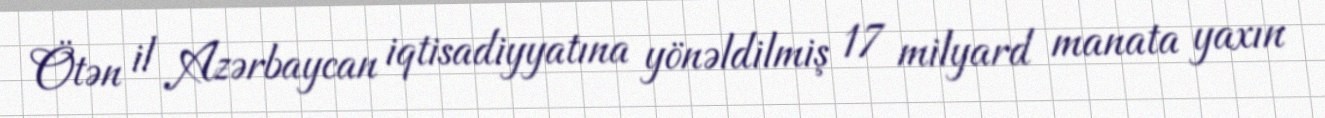
Ötən il Azərbaycan iqtisadiyyatına yönəldilmiş 17 milyard manata yaxın